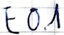
Text: E0.1